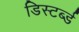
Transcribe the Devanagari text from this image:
डिस्टर्ब्ड